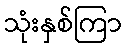
သုံးနှစ်ကြာ